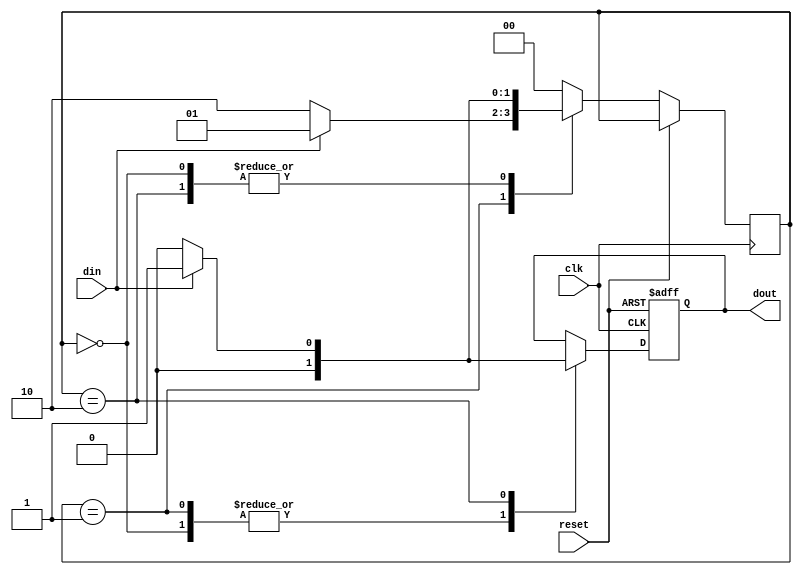
`timescale 1ns / 1ps
//////////////////////////////////////////////////////////////////////////////////
// Company: 
// Engineer: 
// 
// Design Name: 
// Module Name:    Melay_101 
// Project Name: 
// Target Devices: 
// Tool versions: 
// Description: 
//
// Dependencies: 
//
// Revision: 
// Revision 0.01 - File Created
// Additional Comments: 
//
//////////////////////////////////////////////////////////////////////////////////
module Melay_101(clk, reset, din, dout);

	input clk, reset;
	input din;
	output reg dout;

	parameter S0 = 2'b00, S1 = 2'b01, S2 = 2'b10;
	reg [1:0]state, rst_state;
	
	always @(posedge clk or posedge reset)
	begin
	if(reset)
	begin
	dout <=1'b0;
	rst_state <= S0;
	end
	else begin
		state <=S0;
		
		case(state)
		S0: begin
		if(din) begin
			state <= S1;
			dout <= 1'b0;
			end
		else
			dout <=1'b0;
		end
		S1: begin
			if(~din) begin
			state <= S2;
			dout <= 1'b0;
				end
			else
				state <= S1;
				dout <= 1'b0;
			end
			
		S2: begin
				if(din)begin
					state <=S1;
					dout <=1'b1;
					end
				else begin
					state <=S0;
					dout <=1'b0;
						end
				end
			endcase
		end
	end
endmodule